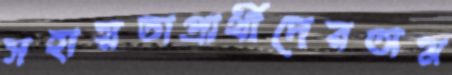
সহায়তাপ্রার্থীদেরঅম